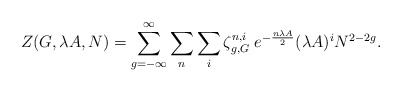
\begin{align*}Z (G,\lambda A, N) = \sum_{g = -\infty}^{\infty} \sum_{n} \sum_{i}\zeta_{g,G}^{n,i} \;e^{- {n \lambda A\over 2}}(\lambda A)^{i} N^{2 - 2g}.\end{align*}